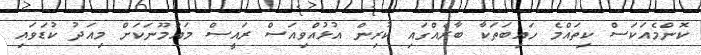
ކޮންމެއަކަސް ކިތައްމެ ހައިބަތަކާ ބާރެއްގައި ކުރިން އުޅުއްވިއަސް ރައީސް މައުމޫނަކަށް މިއަދު ކުޑަވައި